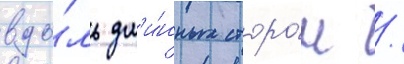
вдо́ль дл'и́нных сторо́н /